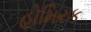
હોમિરક